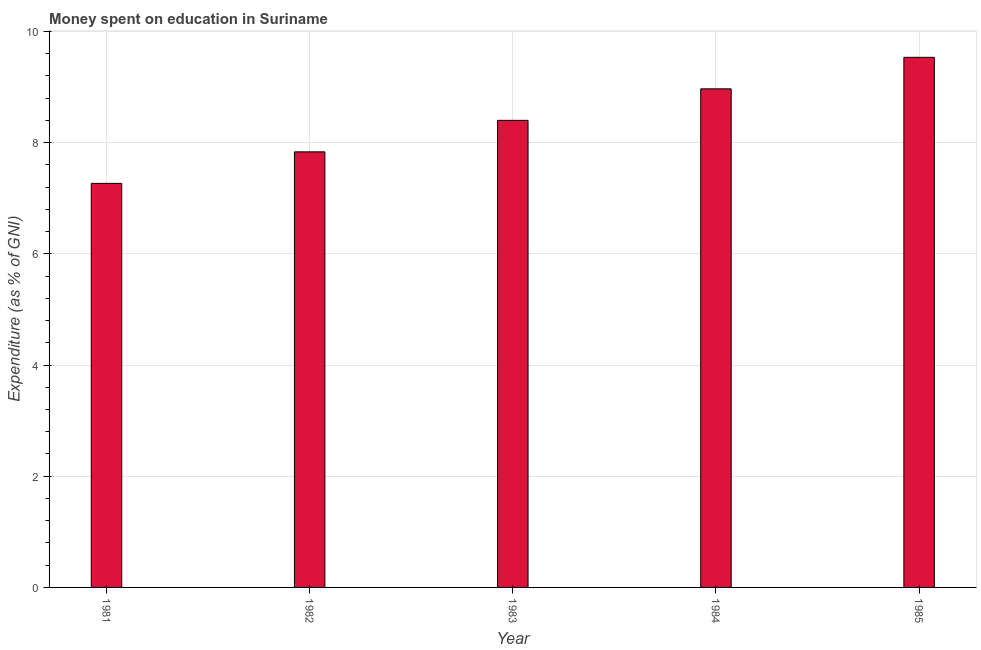
| Year | Education expenditure |
 | --- | --- |
 | 1981 | 7.27 |
 | 1982 | 7.83 |
 | 1983 | 8.4 |
 | 1984 | 8.97 |
 | 1985 | 9.53 |